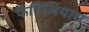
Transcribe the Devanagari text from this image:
फैमिलियास